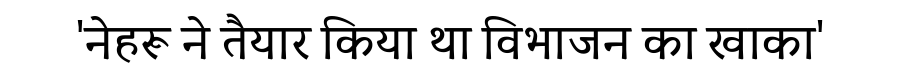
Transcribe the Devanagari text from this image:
'नेहरू ने तैयार किया था विभाजन का खाका'